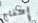
إحتاج